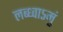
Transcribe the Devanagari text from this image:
लब्ध्वाऽमुं